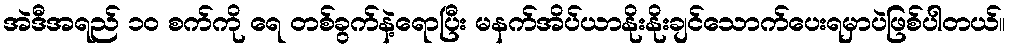
အဲဒီအရည် ၁၀ စက်ကို ရေ တစ်ခွက်နဲ့ရောပြီး မနက်အိပ်ယာနိုးနိုးချင်သောက်ပေးရမှာပဲဖြစ်ပါတယ်။